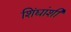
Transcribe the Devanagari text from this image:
शिंद्यांशी